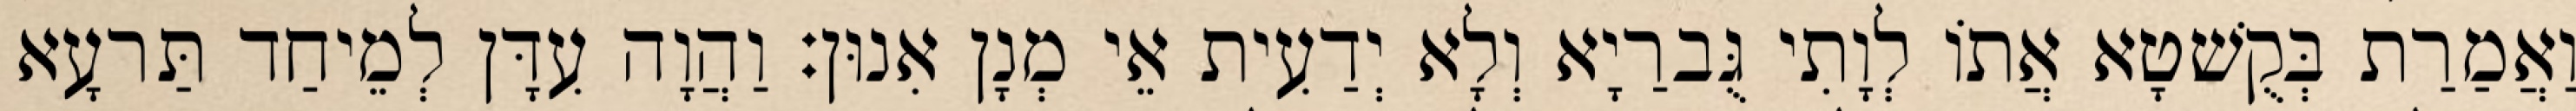
וַאֲמַרַת בְּקֻשׁטָא אֲתוֹ לְוָתִי גֻּברַיָא וְלָא יְדַעִית אֵי מְנָן אִנוּן׃ וַהֲוָה עִדָּן לְמֵיחַד תַּרעָא